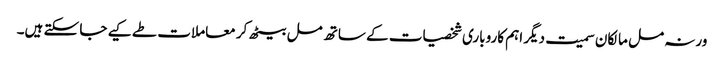
ورنہ مل مالکان سمیت دیگر اہم کاروباری شخصیات کے ساتھ مل بیٹھ کر معاملات طے کیے جا سکتے ہیں۔